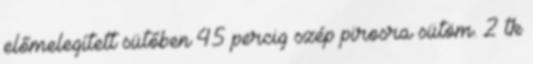
előmelegített sütőben 45 percig szép pirosra sütöm. 2 tk